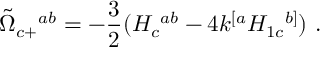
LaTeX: { \tilde { \Omega } } _ { c + } { } ^ { a b } = - { \frac { 3 } { 2 } } ( H _ { c } { } ^ { a b } - 4 k ^ { [ a } H _ { 1 c } { } ^ { b ] } ) \ .